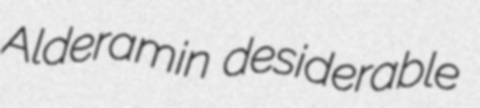
Alderamin desiderable